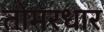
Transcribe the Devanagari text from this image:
तोमरधार